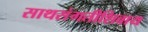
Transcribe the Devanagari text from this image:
साथसंगतीशिवाय